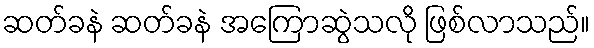
ဆတ်ခနဲ ဆတ်ခနဲ အကြောဆွဲသလို ဖြစ်လာသည်။